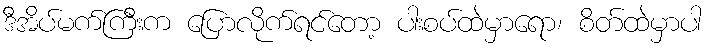
ဒီအိပ်မက်ကြီးက ပြောလိုက်ရင်တော့ ပါးစပ်ထဲမှာရော၊ စိတ်ထဲမှာပါ